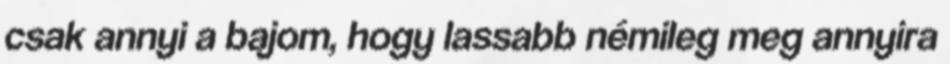
csak annyi a bajom, hogy lassabb némileg meg annyira